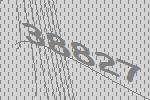
38827